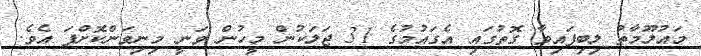
މައުލޫމާތު ލިބިފައިވާ ގޮތުގައި އެގައުމުގެ 31 ޖަލަކުން މީހުން ވަނީ މިނިވަންކޮށްފަ އެވެ.